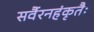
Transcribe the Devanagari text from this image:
सर्वैरनहंकृतैः